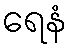
ရေနံ